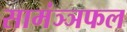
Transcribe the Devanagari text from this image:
सामंञ्ञफल